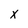
Character: x